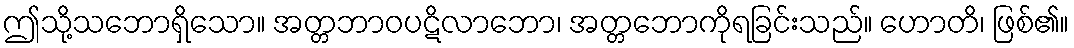
ဤသို့သဘောရှိသော။ အတ္တဘာဝပဋိလာဘော၊ အတ္တဘောကိုရခြင်းသည်။ ဟောတိ၊ ဖြစ်၏။